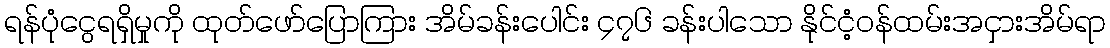
ရန်ပုံငွေရရှိမှုကို ထုတ်ဖော်ပြောကြား အိမ်ခန်းပေါင်း ၄၇၆ ခန်းပါသော နိုင်ငံ့ဝန်ထမ်းအငှားအိမ်ရာ